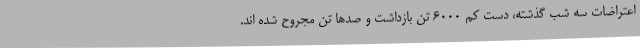
اعتراضات سه شب گذشته، دست کم 6000 تن بازداشت و صدها تن مجروح شده اند.